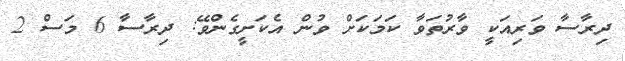
ދިރާސާ ވަރިއަކީ ވާރުތަވާ ކަމަކަށް ވުން އެކަށީގެންވޭ: ދިރާސާ 6 މަސް 2